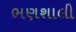
ભણશાલી